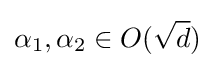
\alpha _{1},\alpha _{2}\in O({\sqrt {d}})